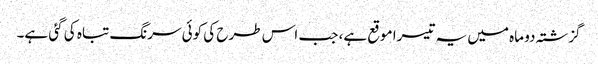
گزشتہ دو ماہ میں یہ تیسرا موقع ہے، جب اس طرح کی کوئی سرنگ تباہ کی گئی ہے۔